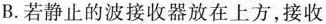
B.若静止的波接收器放在上方，接收